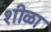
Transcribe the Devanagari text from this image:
शीळा